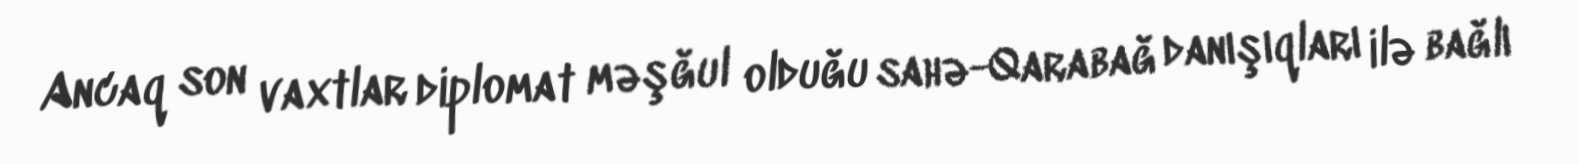
Ancaq son vaxtlar diplomat məşğul olduğu sahə-Qarabağ danışıqları ilə bağlı